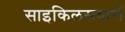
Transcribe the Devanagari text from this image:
साइकिलसवारों